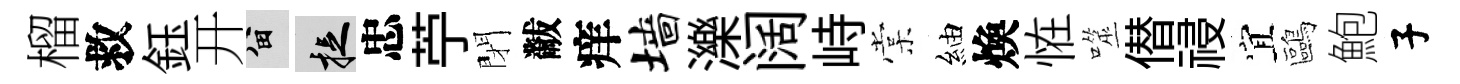
榴救鈺开留捉忠苧閉黻痒墙濼阔峙棠紬煥恠噬僣祲宜鷗鮑子